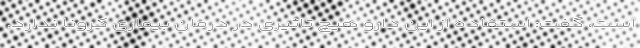
است، گفت: استفاده از این دارو هیچ تاثیری در درمان بیماری کرونا ندارد.